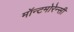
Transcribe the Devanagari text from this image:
मॉन्टमोरेन्सी